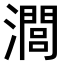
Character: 𤁵